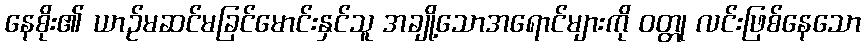
နေစိုး၏ ယာဉ်မဆင်မခြင်မောင်းနှင်သူ အချို့သောအရောင်များကို ဝတ္တု လင်းဖြစ်နေသော